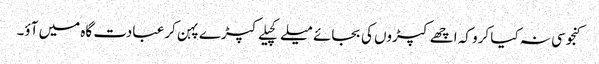
کنجوسی نہ کیا کرو کہ اچھے کپڑوں کی بجائے میلے کچیلے کپڑے پہن کر عبادت گاہ میں آؤ۔